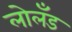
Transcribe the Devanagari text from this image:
लोलँड